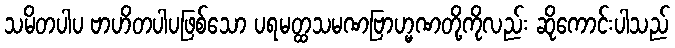
သမိတပါပ ဗာဟိတပါပဖြစ်သော ပရမတ္ထသမဏဗြာဟ္မဏတို့ကိုလည်း ဆိုကောင်းပါသည်